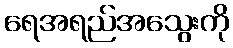
ရေအရည်အသွေးကို